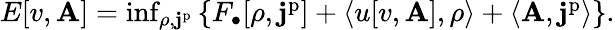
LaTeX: \begin{array}{r}{E[v,\mathbf{A}]=\operatorname*{inf}_{\rho,\mathbf{j}^{\mathrm{p}}}\left\{ F_{\bullet}[\rho,\mathbf{j}^{\mathrm{p}}]+\langle u[v,\mathbf{A}],\rho\rangle+\langle\mathbf{A},\mathbf{j}^{\mathrm{p}}\rangle\right\} .}\end{array}